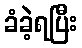
ခံခဲ့ရပြီး